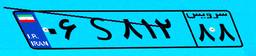
۰۵S۴۱۵۱۶